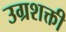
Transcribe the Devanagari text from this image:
उग्रशक्ती